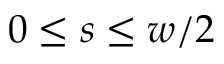
0 \le s \le w / 2